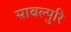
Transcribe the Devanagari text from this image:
साबल्पुरि